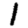
Digit: 1